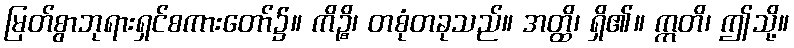
မြတ်စွာဘုရားရှင်စကားတော်၌။ ကိဉ္စိ၊ တစုံတခုသည်။ အတ္ထိ၊ ရှိ၏။ ဣတိ၊ ဤသို့။